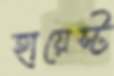
হায়েস্ট